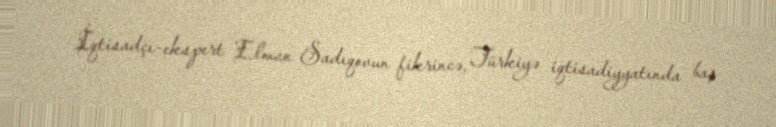
İqtisadçı-ekspert Elman Sadıqovun fikrincə, Türkiyə iqtisadiyyatında baş